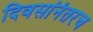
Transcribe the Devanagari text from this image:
दिवसांनंतरच